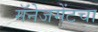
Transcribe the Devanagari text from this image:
मॅनेजमेंटचा